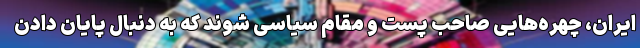
ایران، چهره‌هایی صاحب پست و مقام سیاسی شوند که به دنبال پایان دادن